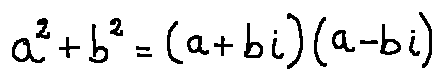
a ^ { 2 } + b ^ { 2 } = ( a + b i ) ( a - b i )